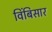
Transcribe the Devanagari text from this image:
विंबिसार